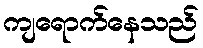
ကျရောက်နေသည်